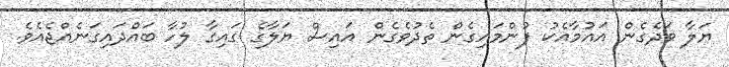
ޔަލާ ވަދެގެން އައުމާއެކު ފުންމައިގެން ތެދުވެގެން އައިސް ޔަލާގެ ގައިގާ ލުހާ ބައްދައިގަނެއްޖެއެވެ.